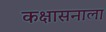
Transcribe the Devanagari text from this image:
कक्षासनाला